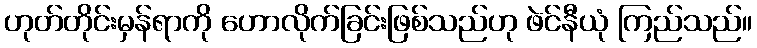
ဟုတ်တိုင်းမှန်ရာကို ဟောလိုက်ခြင်းဖြစ်သည်ဟု ဖဲင်နီယုံ ကြည်သည်။